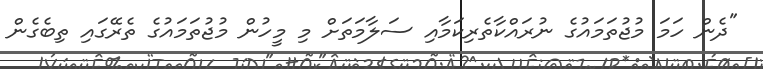
"ދެން ހަމަ މުޖުތަމައުގެ ނުރައްކާތެރިކަމާއި ސަލާމަތަށް މި މީހުން މުޖުތަމައުގެ ތެރޭގައި ތިބެގެން